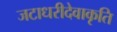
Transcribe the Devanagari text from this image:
जटाधरीदेवाकृति